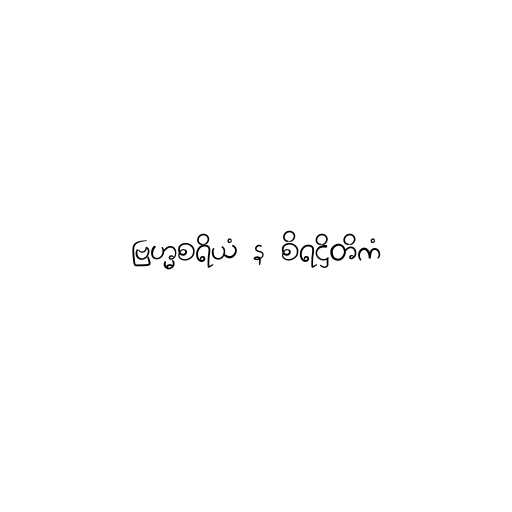
ဗြဟ္မစရိယံ န စိရဋ္ဌိတိကံ